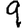
Digit: 9